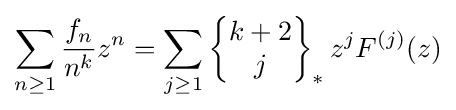
\sum _{n\geq 1}{\frac {f_{n}}{n^{k}}}z^{n}=\sum _{j\geq 1}\left\{{\begin{matrix}k+2\\j\end{matrix}}\right\}_{\ast }z^{j}F^{(j)}(z)